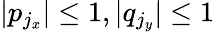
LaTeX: |p_{j_{x}}|\leq 1,|q_{j_{y}}|\leq 1